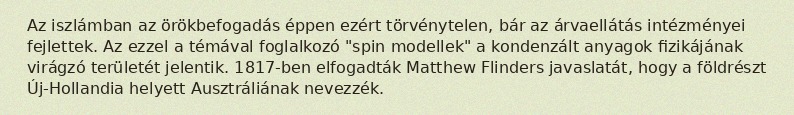
Az iszlámban az örökbefogadás éppen ezért törvénytelen, bár az árvaellátás intézményei fejlettek. Az ezzel a témával foglalkozó "spin modellek" a kondenzált anyagok fizikájának virágzó területét jelentik. 1817-ben elfogadták Matthew Flinders javaslatát, hogy a földrészt Új-Hollandia helyett Ausztráliának nevezzék.